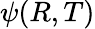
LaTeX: \psi(R,T)